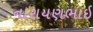
નારાયણભાઇ